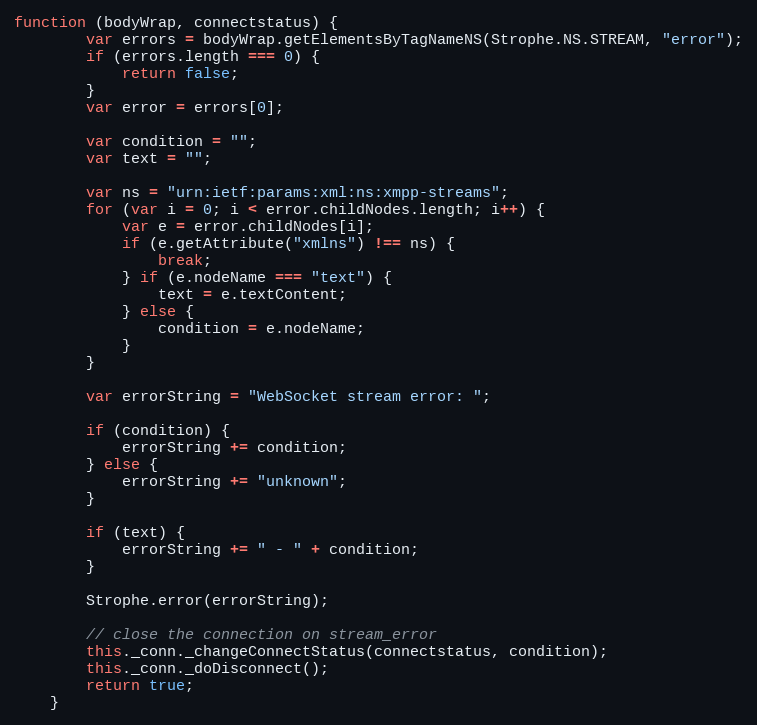
Language: JavaScript
function (bodyWrap, connectstatus) {
        var errors = bodyWrap.getElementsByTagNameNS(Strophe.NS.STREAM, "error");
        if (errors.length === 0) {
            return false;
        }
        var error = errors[0];

        var condition = "";
        var text = "";

        var ns = "urn:ietf:params:xml:ns:xmpp-streams";
        for (var i = 0; i < error.childNodes.length; i++) {
            var e = error.childNodes[i];
            if (e.getAttribute("xmlns") !== ns) {
                break;
            } if (e.nodeName === "text") {
                text = e.textContent;
            } else {
                condition = e.nodeName;
            }
        }

        var errorString = "WebSocket stream error: ";

        if (condition) {
            errorString += condition;
        } else {
            errorString += "unknown";
        }

        if (text) {
            errorString += " - " + condition;
        }

        Strophe.error(errorString);

        // close the connection on stream_error
        this._conn._changeConnectStatus(connectstatus, condition);
        this._conn._doDisconnect();
        return true;
    }